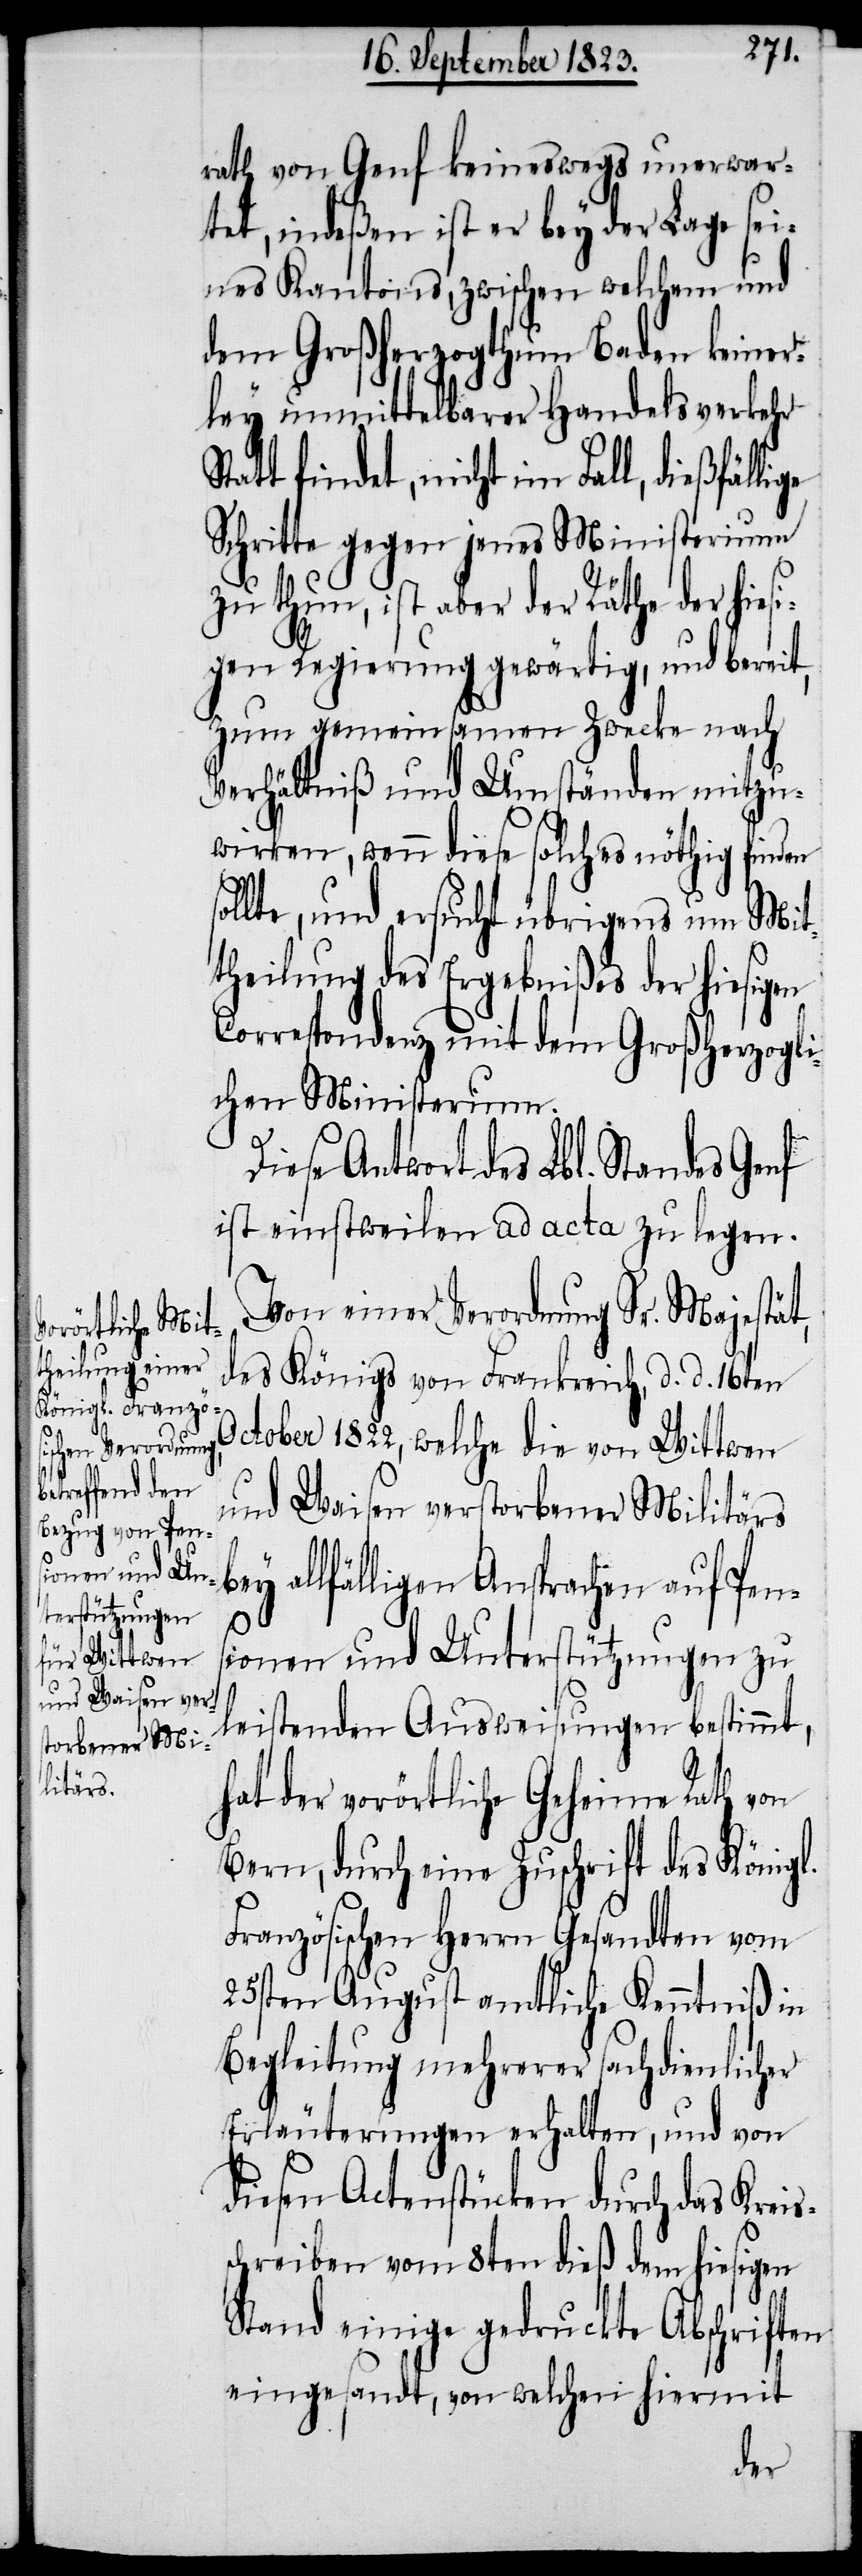
rath von Genf keineswegs unerwar¬
tet, indeßen ist er bey der Lage sei¬
nes Kantons, zwischen welchem und
dem Großherzogthum Baden keiner¬
ley unmittelbarer Handelsverkehr
tt findet, nicht im Fall, dießfäl¬
Schritte gegen jenes Ministerium
zu thun, ist aber der Räthe der hiesi¬
gen Regierung gewärtig, und bereit,
zum gemeinsamen Zwecke nach
Verhältniß und Umständen mitzu¬
wirken, wenn diese solches nöthig finden
sollte, und ersucht übrigens um Mit¬
theilung des Ergebnißes der hiesigen
Correspondenz mit dem Großherzogli¬
chen Ministerium.
iese Antwort des Lbl. Standes Genf
ist einstweilen ad acta zu legen.
Von einer Verordnung Sr. Majestät,
des Königs von Frankreich, d. d. 16ten
October 1822, welche die von Wittwen
und
Waisen verstorbener Militärs
bey
lfälligen Ansprachen auf Pen¬
al¬
sionen und Unterstützungen zu
leistenden Ausweisungen bestimmt,
hat der vorörtliche Geheime Rath von
Bern, durch eine Zuschrift des Königl.
Französischen Herrn Gesandten vom
25sten August amtliche Kenntniß in
Begleitung mehrerer sachdienlicher
Erläuterungen erhalten, und von
diesen Actenstücken durch das Kreis¬
schreiben vom 8ten dieß dem hiesigen
Stand einige gedruckte Abschriften
eingesandt, von welchen hiermit